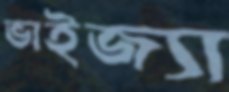
ভাইজ্যা